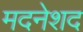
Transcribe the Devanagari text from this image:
मदनेशद